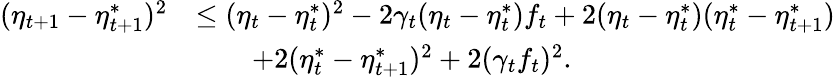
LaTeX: \begin{array}{rl}{(\eta_{t+1}-\eta_{t+1}^{*})^{2}}&{\leq(\eta_{t}-\eta_{t}^{*})^{2}-2\gamma_{t}(\eta_{t}-\eta_{t}^{*})f_{t}+2(\eta_{t}-\eta_{t}^{*})(\eta_{t}^{*}-\eta_{t+1}^{*})}\\ &{\qquad+2(\eta_{t}^{*}-\eta_{t+1}^{*})^{2}+2(\gamma_{t}f_{t})^{2}.}\end{array}